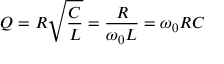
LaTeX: Q = R { \sqrt { \frac { C } { L } } } = { \frac { R } { \omega _ { 0 } L } } = \omega _ { 0 } R C